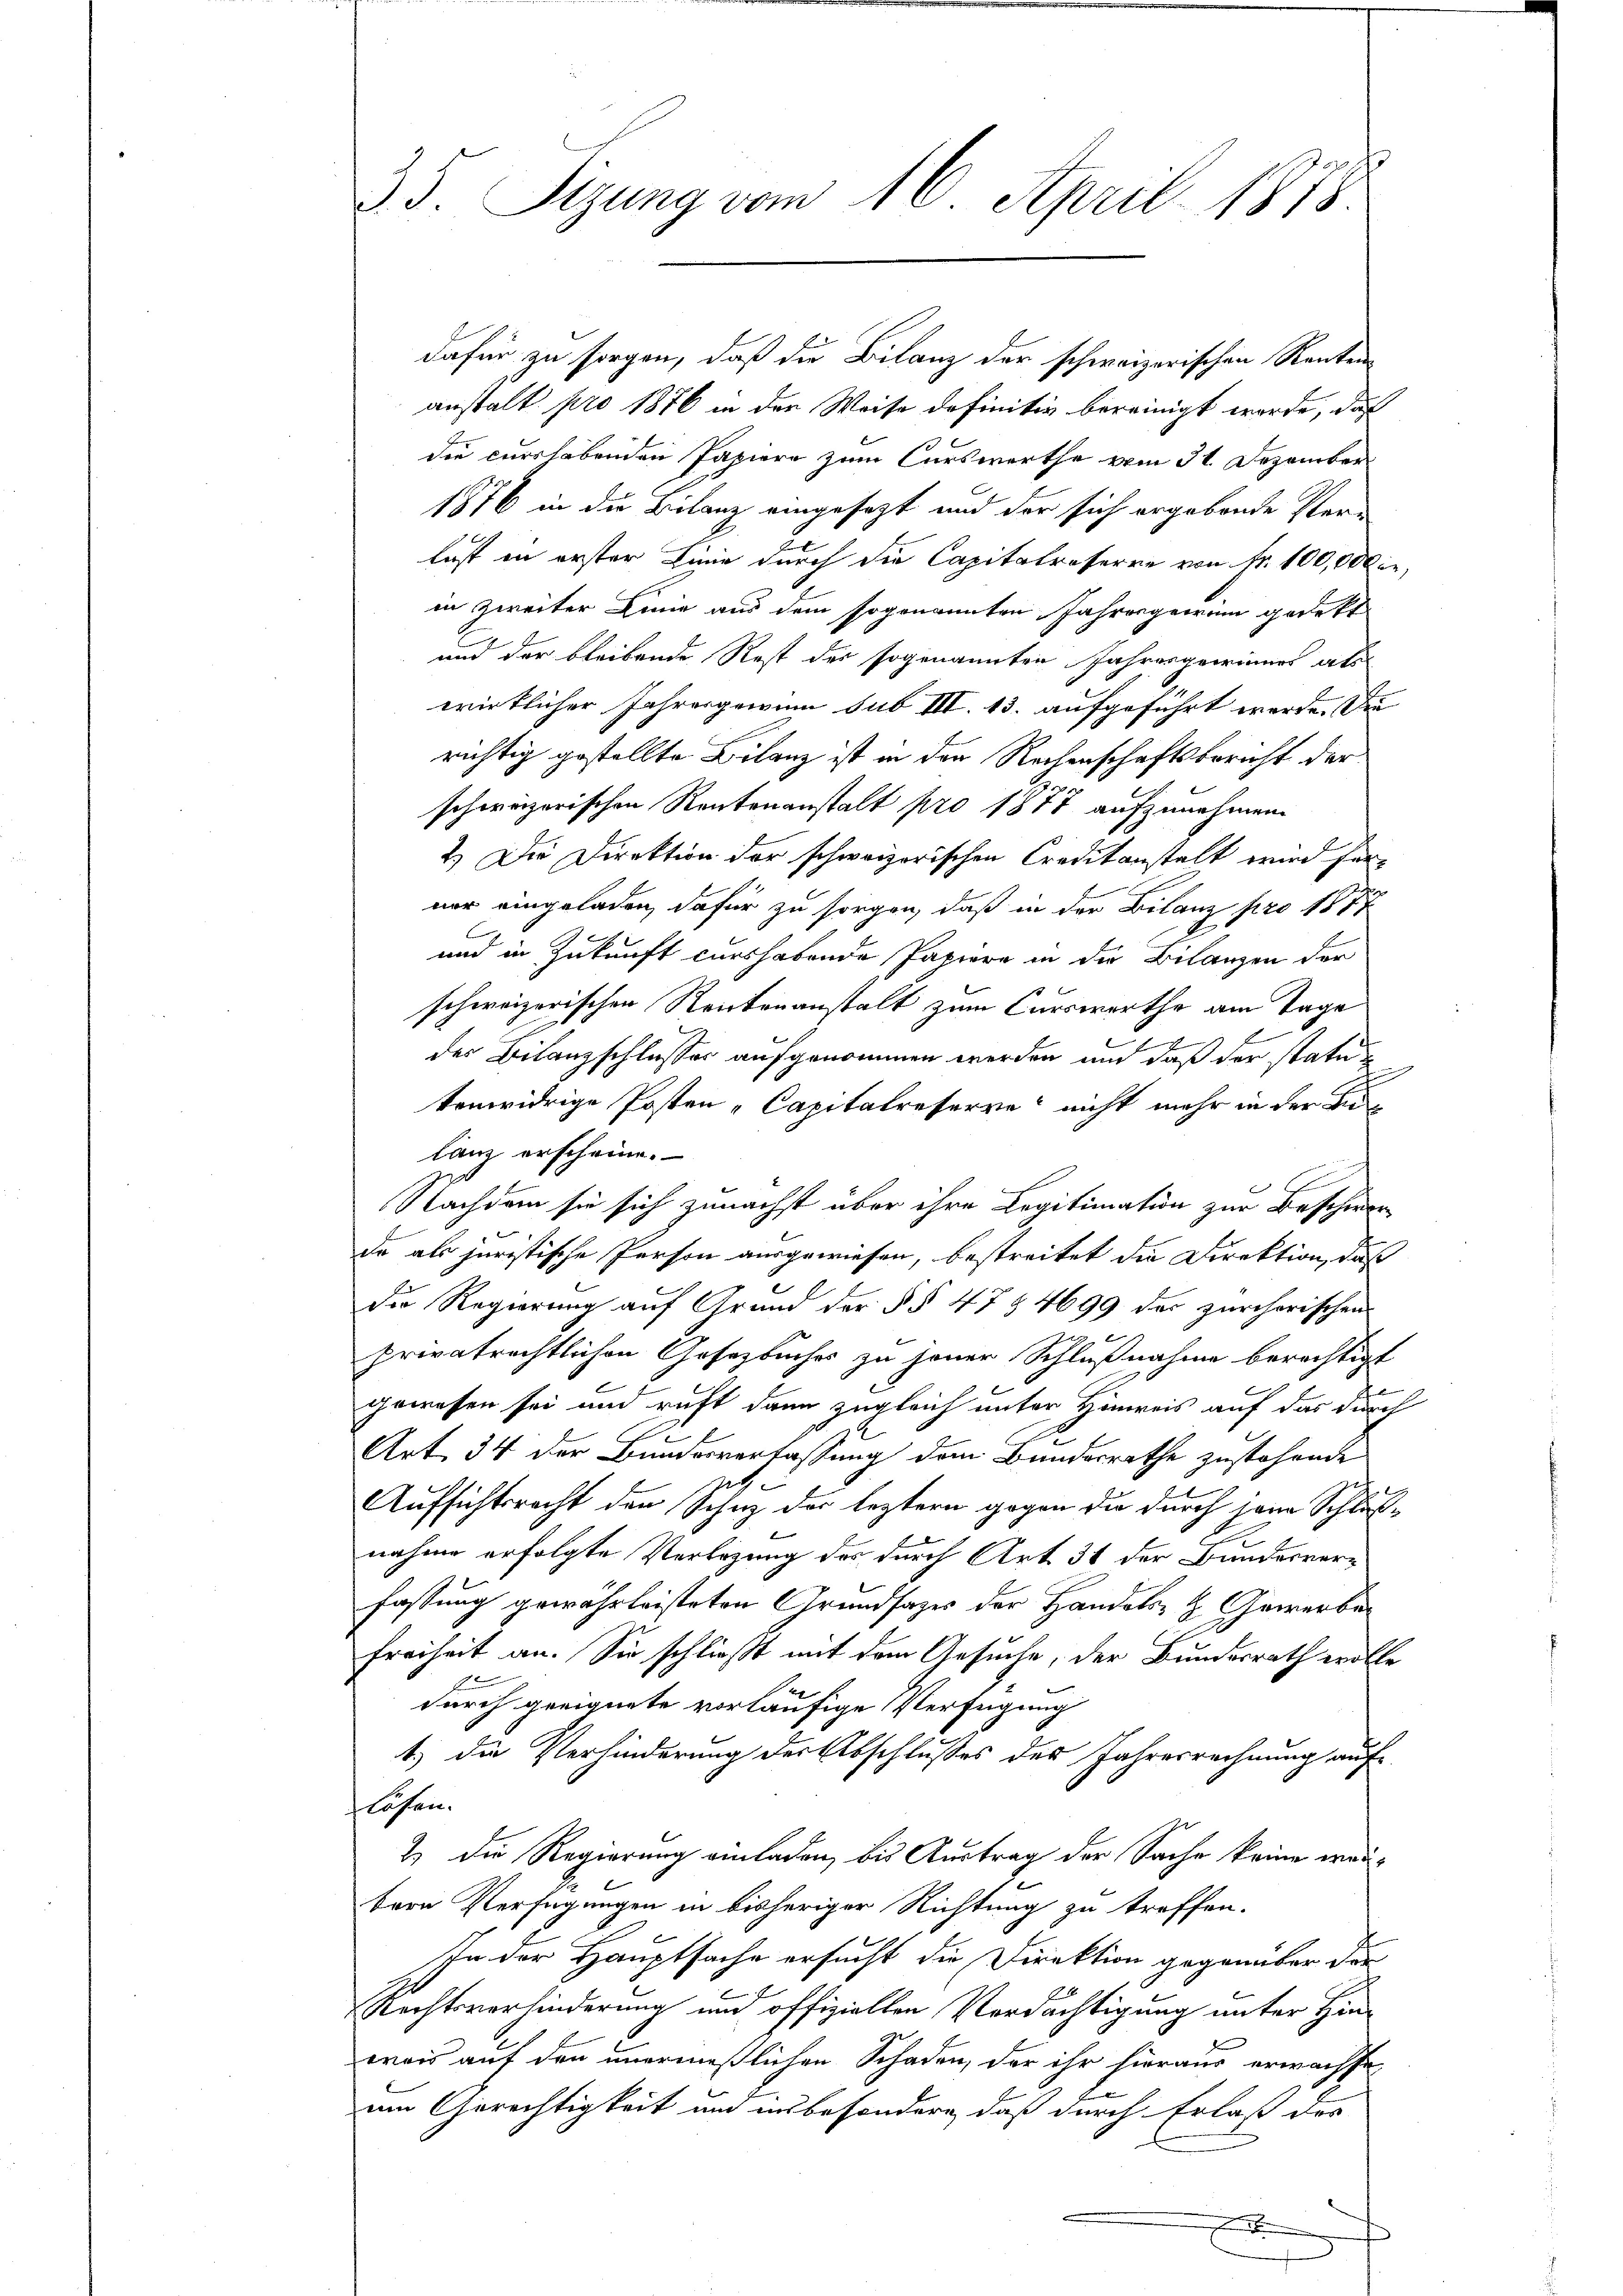
35. Sizung vom 16. April 1878.

dafür zu sorgen, daß die Bilanz der schweizerischen Renten
anstalt pro 1876 in der Weise definitiv bereinigt werde, daß
die curshabenden Papiere zum Curswerthe vom 31. Dezember
1876 in die Bilanz eingesezt und der sich ergebende Ver-
lust in erster Linie durch die Capitalroserre von Fr. 100,000 er,
in zweiter Linie aus dem sogenannten Jahresgewinn gedekt
und der bleibende Rest der sogenannten Jahresgewinner als
wirklicher Jahresgewinn sub III. 13. aufgeführt werde. Die
richtig gestellte Bilanz ist in den Rechenschaftsbericht der
schweizerischen Rentenanstalt pro 1877 aufzunehmen.
2.) Die Direktion der schweizerischen Creditanstalt wird her-
ner eingeladen, dafür zu sorgen, daß in der Bilanz pro 1877
und in Zukunft curs habende Papiere in die Bilanzen der
schweizerischen Rentenanstalt zum Curswerthe am Tage
A
der Bilanzschlusses aufgenommen werden und daß der statu
tenwidrige Posten-Capitalreserve, nicht mehr in der Be
lanz erscheine.
Nachdem sie sich zunächst über ihre Legitimation zur Beschwerda als juristische Person ausgewiesen, bestreitet die Direktion, daß
Die Regierung auf Grund der §§ 47 § 4699 des zürcherischen
privatrechtlichen Gesetzbuches zu jener Schlußnahme berechtigt
e
gewassen sei und ruft dann zugleich unter Hinweis auf das durch
s
Art. 34 der Bundesverfassung dem Bundesrathe zustehende
Aufsichtsrecht den Schuz der leztern gegen die durch jene Schlußnahme erfolgte Vorlegung des durch Art. 34 der Bundesverfassung gewährleisteten Grundsazes der Handels- & Gewerbe¬
Freiheit an. Sie schließt mit dem Gesuche, der Bundesrath wolle

durch geeignete vorläufige Verfügung
t) die Verhinderung der Abschlusses des Jahresrechnung auf-
flösen.
2) Die Regierung einladen, bis Austrag der Sache keine Fraudren Verfügungen in bisheriger Richtung zu treffen.
In der Hauptsache ersucht die Direktion gegenüber der
Rechtsverhinderung und offiziellen Verdächtigung unter Hinwais auf den unermeßlichen Schaden, der ihr hieraus erwachse
am Gerechtigkeit und insbesondere, daß durch Erlaß des
e